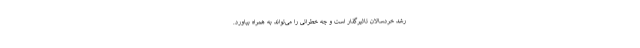
رشد خردسالان تاثیرگذار است و چه خطراتی را می‌تواند به همراه بیاورد.